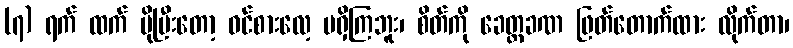
(၇) ရက် ထက် ပိုပြီးတော့ ဝင်စားလေ့ မရှိကြဘူး၊ စိတ်ကို ခေတ္တခဏ ဖြတ်တောက်ထား လိုက်တာ၊